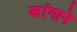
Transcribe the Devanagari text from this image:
कांगाने